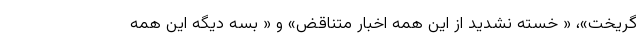
گریخت»، « خسته نشدید از این همه اخبار متناقض» و « بسه دیگه این همه